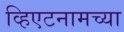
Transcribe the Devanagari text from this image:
व्हिएटनामच्या